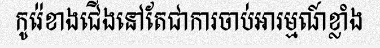
កូរ៉េខាងជើងនៅតែជាការចាប់អារម្មណ៍ខ្លាំង